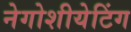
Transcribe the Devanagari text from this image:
नेगोशीयेटिंग